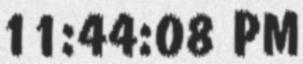
11:44:08 PM